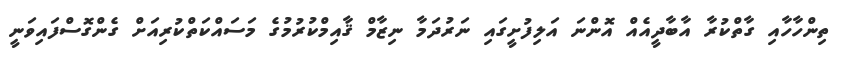
ތިންހާހާއި ގާތްކުރާ އާބާދީއެއް އޮންނަ އަލިފުށީގައި ނަރުދަމާ ނިޒާމް ޤާއިމްކުުރުމުގެ މަސައްކަތްކުރިއަށް ގެންގޮސްފައިވަނީ